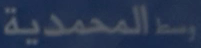
وسطالمحمدية